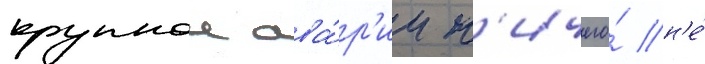
крупнои ава́р'ии н'ичего́ н'е́